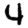
Digit: 4